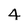
Character: 4